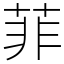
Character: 菲